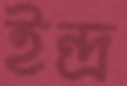
ইন্দ্র